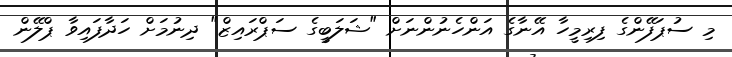
މި ސުޕަފޭންގެ ފިރިމީހާ އޭނާގެ އަންހެނުންނަށް "ޝަލަބީގެ ސަޕްރައިޒް" ދިނުމަށް ހަދާފައިވާ ޕްލޭން